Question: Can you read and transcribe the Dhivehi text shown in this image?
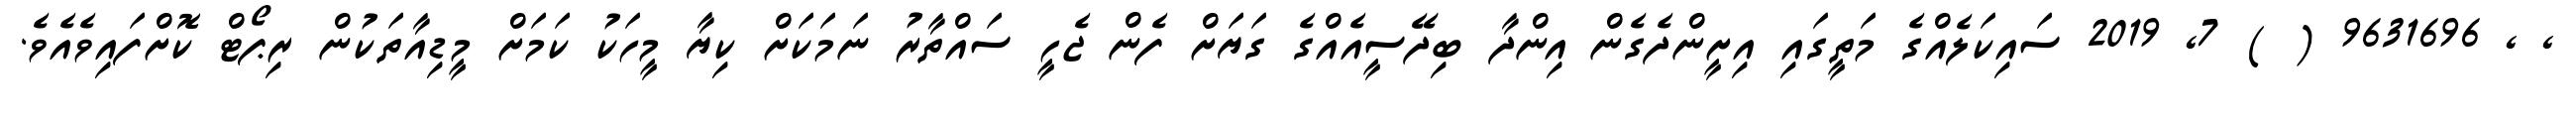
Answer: , , 9631696 ( ) 7, 2019 ސައިކަލެއްގެ މަތީގައި އިށީންދެގެން އިންދާ ބިދޭސީއެއްގެ ގަޔަށް ފެން ޖެހީ ސައްތާރު ނަމަކަށް ކިޔާ މީހަކު ކަމަށް މީޑިއާތަކުން ރިޕޯޓް ކޮށްފައިވެއެވެ.